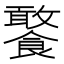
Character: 饏